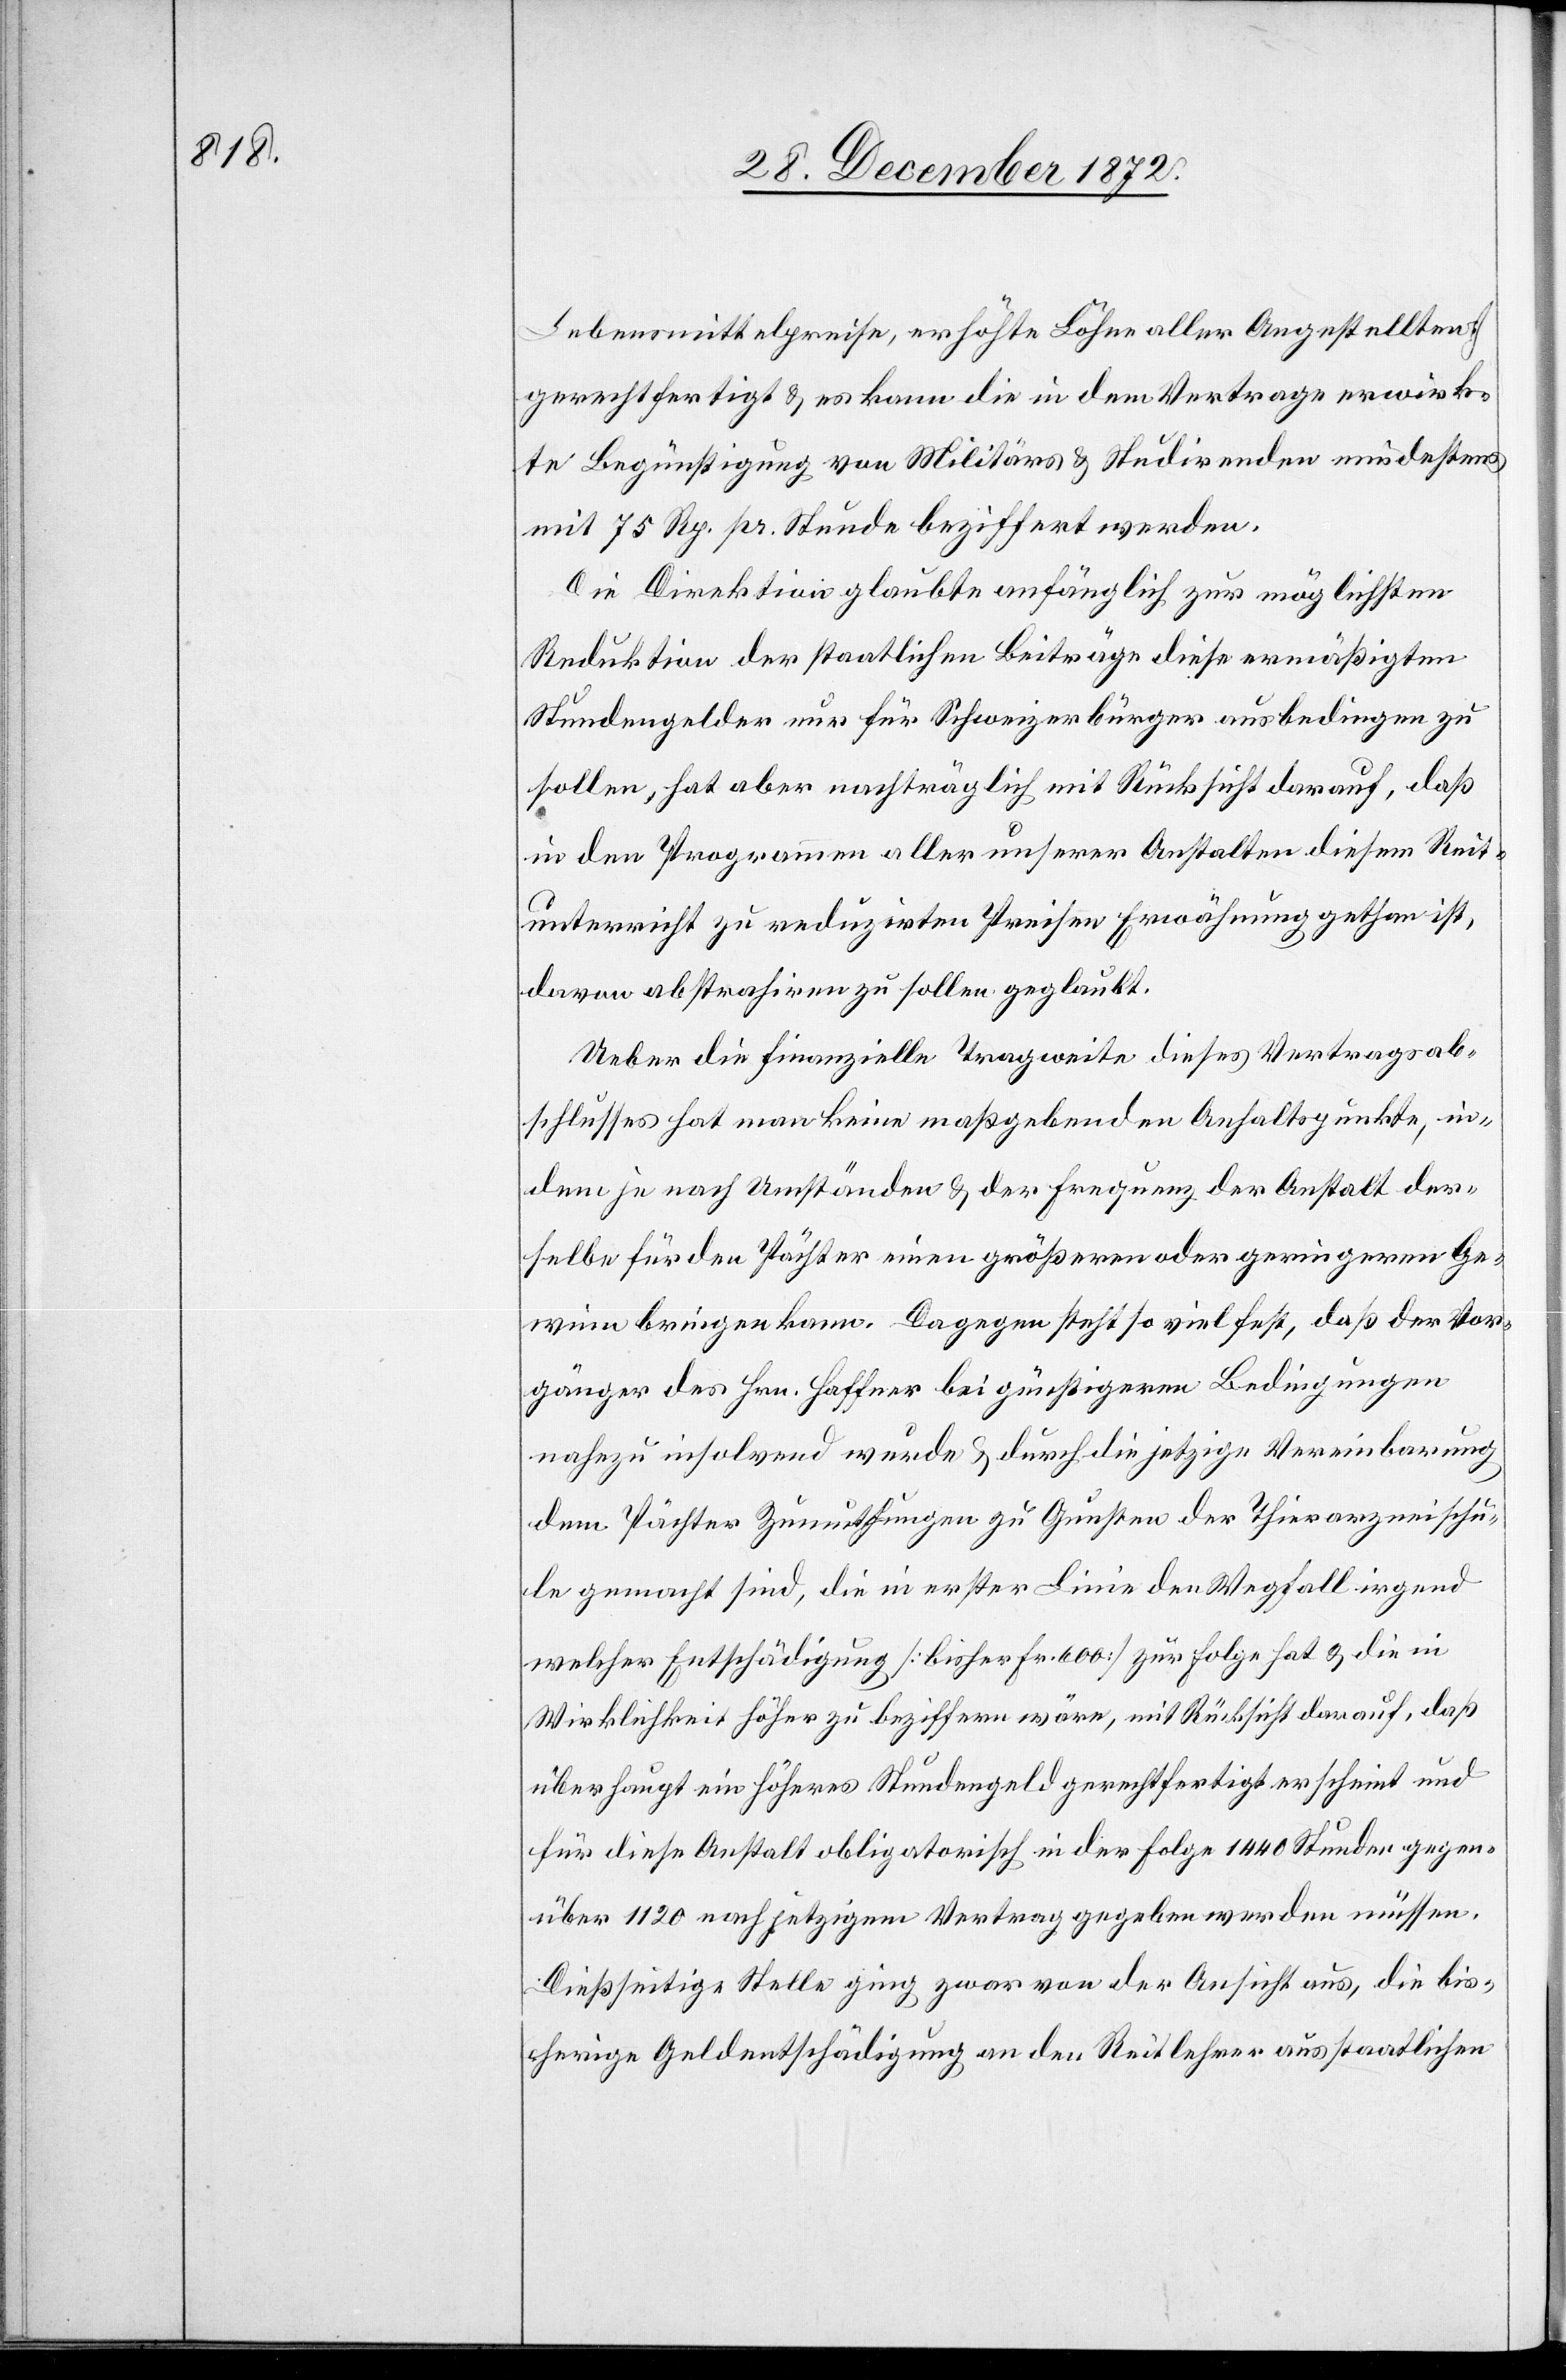
Lebensmittelpreise, erhöhte Löhne aller Angestellten]
gerechtfertigt u. es kann die in dem Vertrage erwirk¬
te Begünstigung von Militärs u. Studirenden mindestens
mit 75 Rp. pr. Stunde beziffert werden.
Die Direktion glaubte anfänglich zur möglichsten
Reduktion der staatlichen Beiträge diese ermäßigten
Stundengelder nur für Schweizerbürger ausbedingen zu
sollen, hat aber nachträglich mit Rücksicht darauf, daß
in den Programmen aller unserer Anstalten diesem Reit¬
unterricht zu reduzirten Preisen Erwähnung gethan ist,
davon abstrahiren zu sollen geglaubt.
Ueber die finanzielle Tragweite dieses Vertragsab¬
schlusses hat man keine maßgebenden Anhaltspunkte, in¬
dem je nach Umständen u. der Frequenz der Anstalt der¬
selbe für den Pächter einen größeren oder geringeren Ge¬
winn bringen kann. Dagegen steht so viel fest, daß der Vor¬
gänger des Hrn. Haffner bei günstigeren Bedingungen
nahezu insolvend wurde u. durch die jetzige Vereinbarung
dem Pächter Zumuthungen zu Gunsten der Thierarzneischu¬
le gemacht sind, die in erster Linie den Wegfall irgend
welcher Entschädigung [bisher Fr. 600] zur Folge hat u. die in
Wirklichkeit höher zu beziffern wäre, mit Rücksicht darauf, daß
überhaupt ein höheres Stundengeld gerechtfertigt erscheint und
für diese Anstalt obligatorisch in der Folge 1440 Stunden gegen¬
über 1120 nach jetzigem Vertrag gegeben werden müssen.
Dießseitige Stelle ging zwar von der Ansicht aus, die bis¬
herige Geldentschädigung an den Reitlehrer aus staatlichen